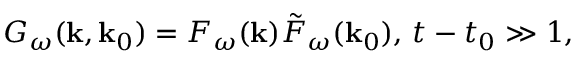
G _ { \omega } ( { \mathbf k } , { \mathbf k } _ { 0 } ) = { \cal F } _ { \omega } ( { \mathbf k } ) \tilde { \cal F } _ { \omega } ( { \mathbf k } _ { 0 } ) , \, t - t _ { 0 } \gg 1 ,